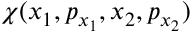
\chi ( x _ { 1 } , p _ { x _ { 1 } } , x _ { 2 } , p _ { x _ { 2 } } )